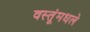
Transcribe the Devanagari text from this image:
वस्तूंमधले